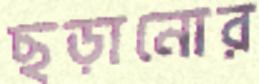
ছড়ানোর